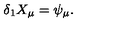
\delta _ { 1 } X _ { \mu } = \psi _ { \mu } .